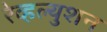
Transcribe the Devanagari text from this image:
रेव्हल्युशन